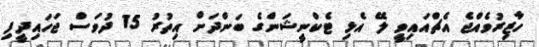
ހާޒިރުވެއްޖެ އެޗްއައިވީ ލޭ އެޅި ޓެކްނީޝަންގެ ބަންދަށް އިތުރު 15 ދުވަސް ޖަހައިދީފި